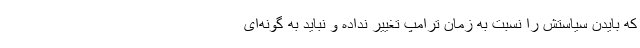
که بایدن سیاستش را نسبت به زمان ترامپ تغییر نداده و نباید به گونه‌ای